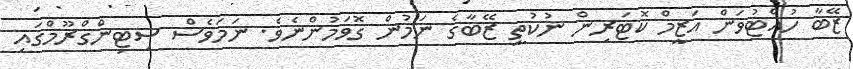
ޒޭބާ ހުއްޓުވަން އަޒީމް ކޮޓަރިން ނުކުތީ ޒޭބާގެ ނަމުން ގޮވަމުންނެވެ. ނަމަވެސް ސިޓިންގްރޫމްގައި